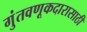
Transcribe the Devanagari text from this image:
गुंतवणूकदारासाठी